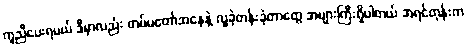
ကူညီပေးရမယ် ဒီမှာလည်း တပ်မတော်အနေနဲ့ လှူခဲ့တန်းခဲ့တာတွေ အများကြီးရှိပါတယ် အရင်တုန်းက